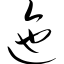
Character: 迤